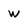
Character: w